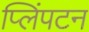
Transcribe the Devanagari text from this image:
प्लिंपटन